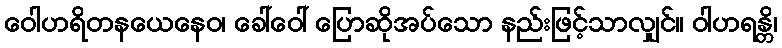
ဝေါဟရိတနယေနေဝ၊ ခေါ်ဝေါ် ပြောဆိုအပ်သော နည်းဖြင့်သာလျှင်။ ဝါဟရန္တိ၊